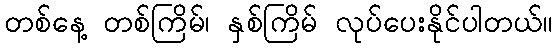
တစ်နေ့ တစ်ကြိမ်၊ နှစ်ကြိမ် လုပ်ပေးနိုင်ပါတယ်။